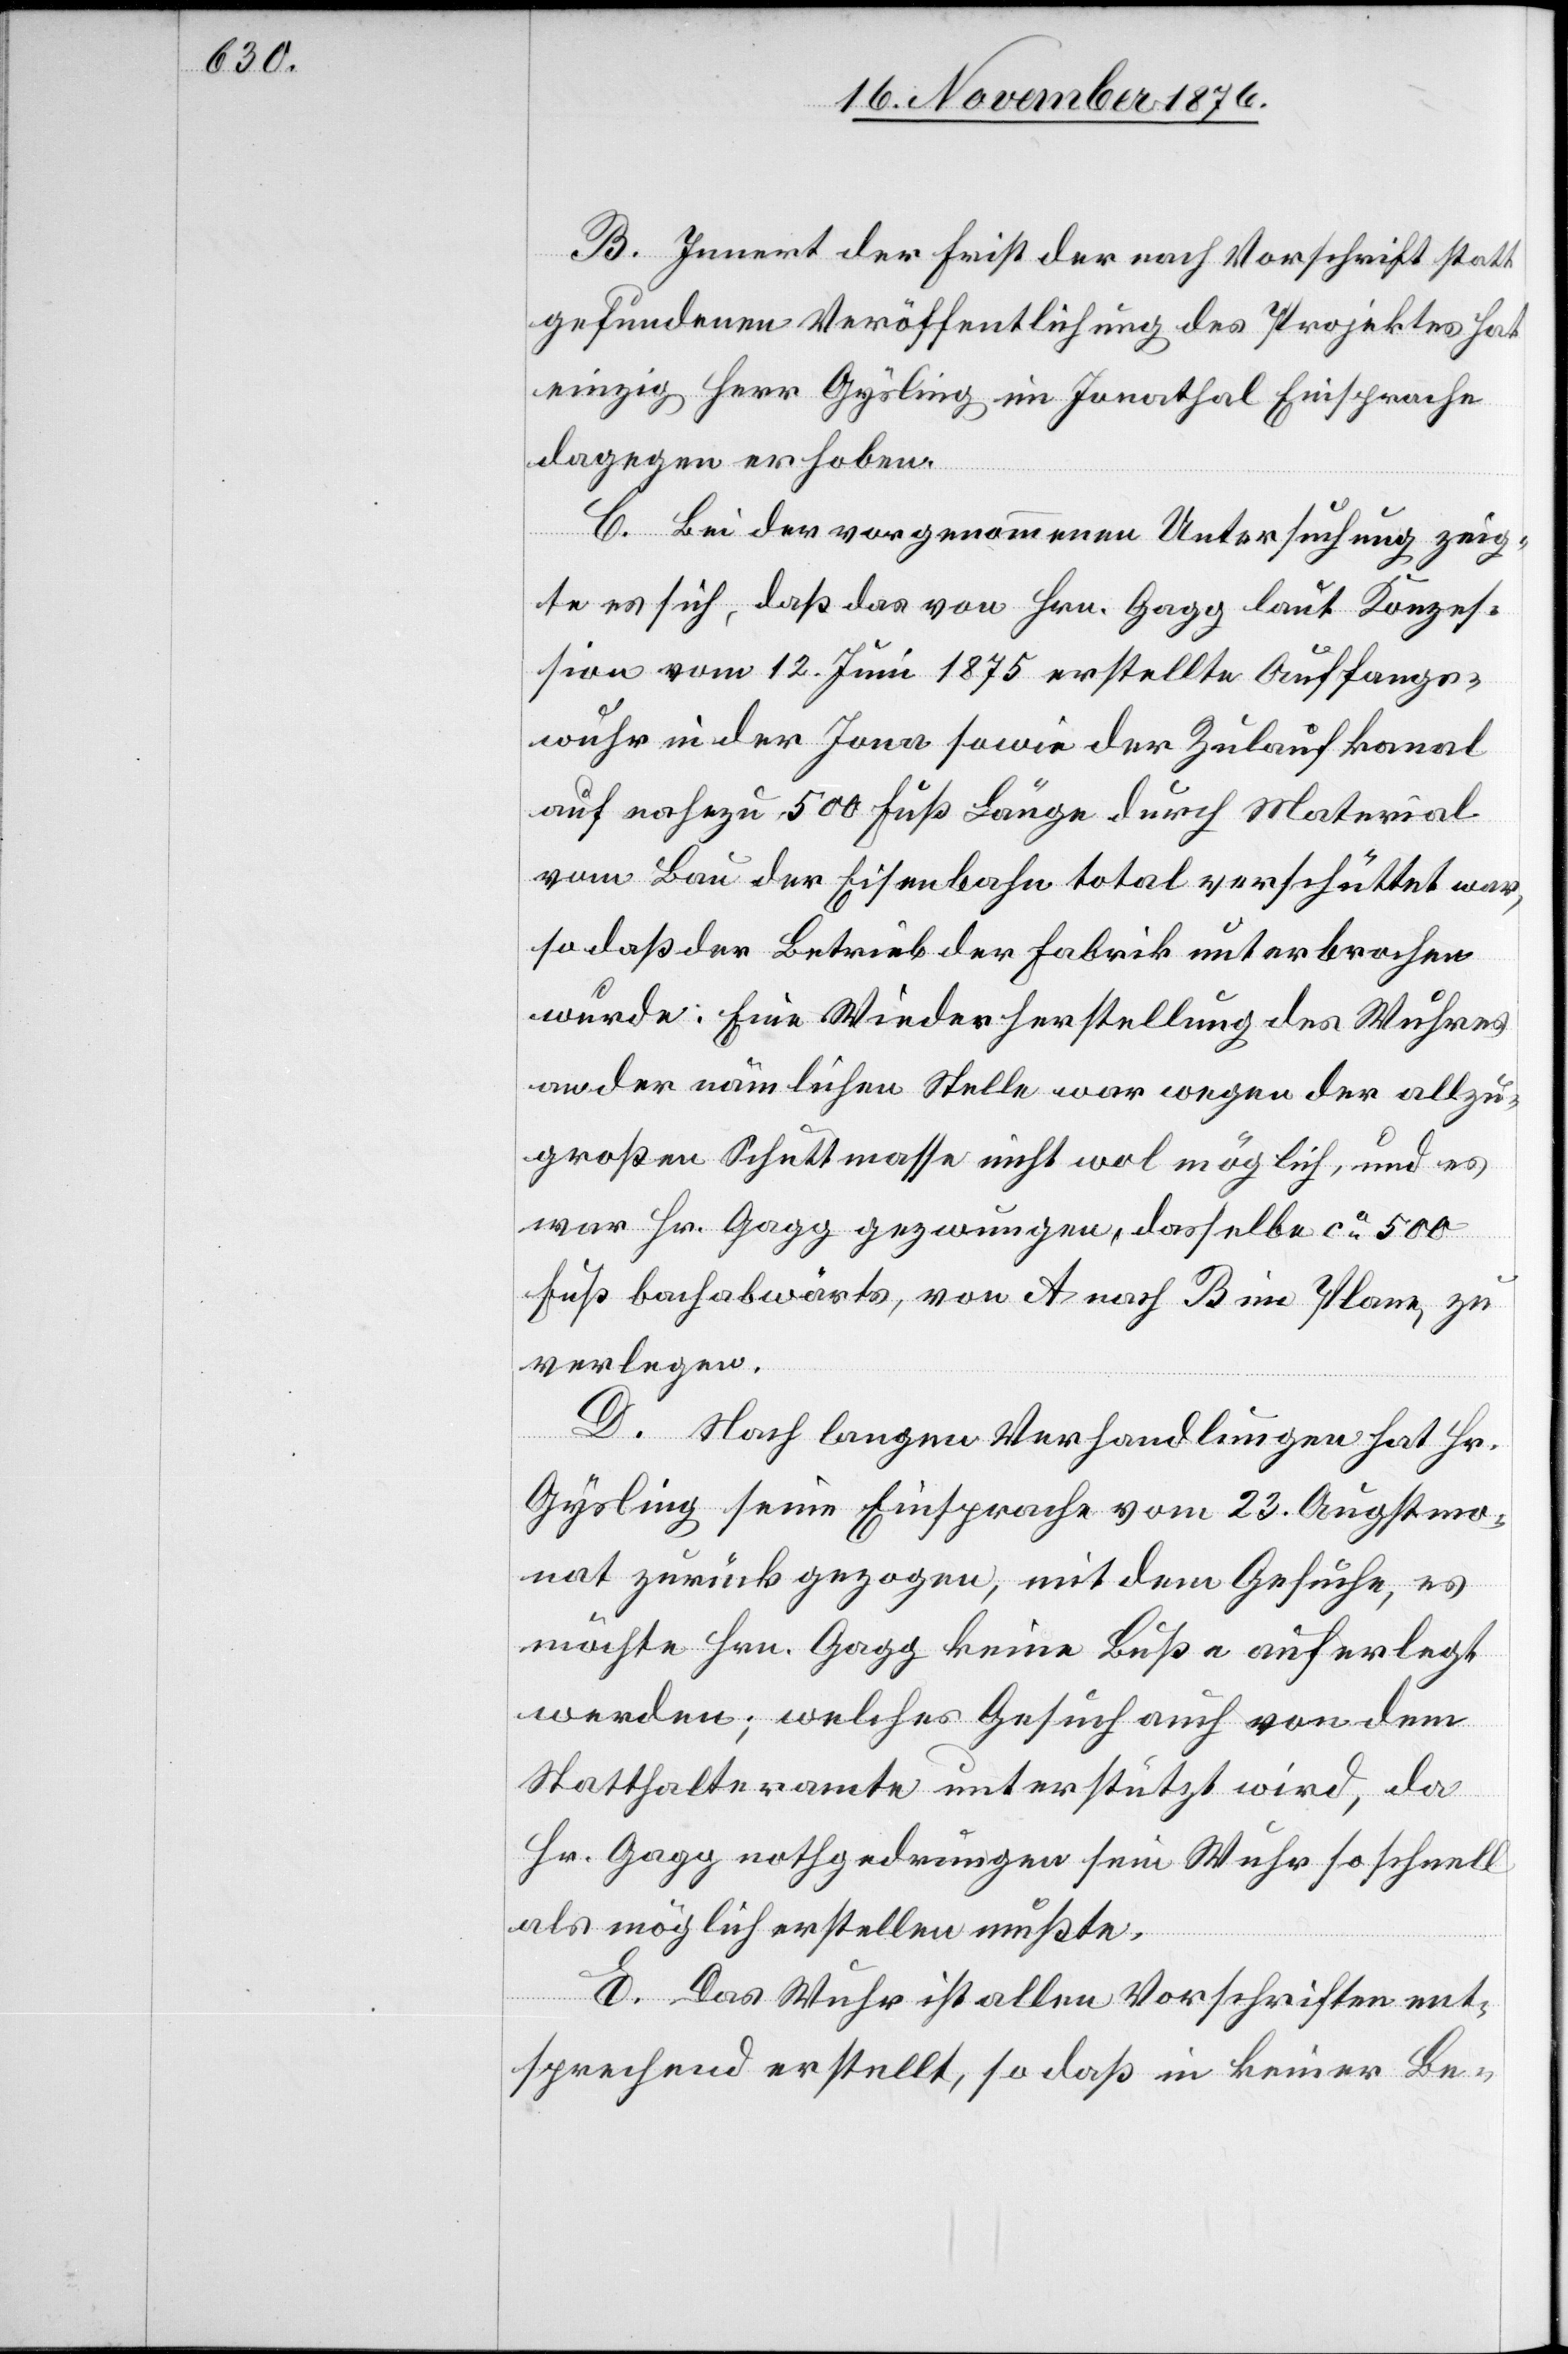
B. Innert der Frist der nach Vorschrift statt¬
gefundenen Veröffentlichung des Projektes hat
einzig Herr Gysling im Jonathal Einsprache
dagegen erhoben.
C. Bei der vorgenommenen Untersuchung zeig¬
te es sich, daß das von Hrn. Gagg laut Konzes¬
sion vom 12. Juni 1875 erstellte Auffangs¬
wuhr in der Jona sowie der Zulaufkanal
auf nahezu 500 Fuß Länge durch Material
vom Bau der Eisenbahn total verschüttet war,
so daß der Betrieb der Fabrik unterbrochen
wurde: Eine Wiederherstellung des Wuhres
an der nämlichen Stelle war wegen der allzu¬
großen Schuttmasse nicht wol möglich, und es
war Hr. Gagg gezwungen, dasselbe ca 500
Fuß bachabwärts, von A nach B im Plane, zu
verlegen.
D. Nach langen Verhandlungen hat Hr.
Gysling seine Einsprache vom 23. Augstmo¬
nat zurückgezogen, mit dem Gesuche, es
möchte Hrn. Gagg keine Buße auferlegt
werde; welches Gesuch auch von dem
Statthalteramte unterstützt wird, da
Hr. Gagg nothgedrungen sein Wuhr so schnell
als möglich erstellen mußte.
E. Das Wuhr ist allen Vorschriften ent¬
sprechend erstellt, so daß in keiner Be-